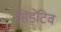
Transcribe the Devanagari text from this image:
सिड़ेटिव